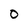
Character: 0